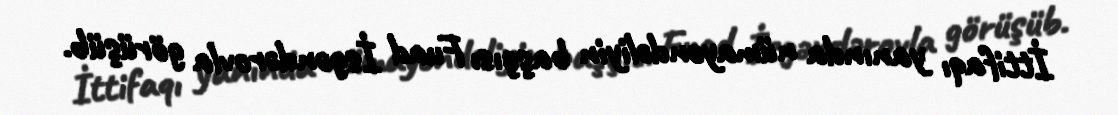
İttifaqı yanında nümayəndəliyin başçısı Fuad İsgəndərovla görüşüb.